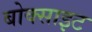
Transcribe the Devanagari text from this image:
बोक्साइट